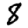
Digit: 8